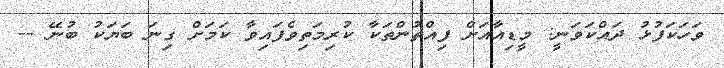
ވަހަކަފުޅު ދައްކަވަނީ: މީޑިއާއަށް ފިއްތުންތަކާ ކުރިމަތިވެފައިވާ ކަމަށް ގިނަ ބަޔަކު ބުނޭ --